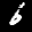
Label: 6